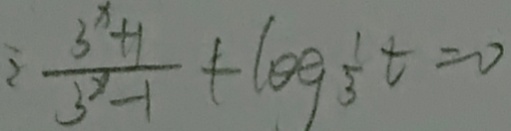
\frac { 3 ^ { x } + 1 } { 3 ^ { x } - 1 } + \log \frac { 1 } { 3 } t = 0